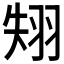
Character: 𦐝